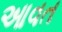
આવત